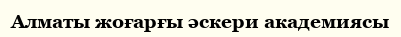
Алматы жоғарғы әскери академиясы